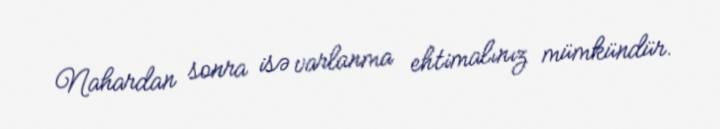
Nahardan sonra isə varlanma ehtimalınız mümkündür.